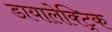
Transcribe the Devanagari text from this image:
डायालेक्ट्रिक